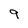
Character: 9